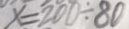
x = 2 0 0 \div 8 0